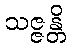
သဇ္ဇန္တိ